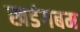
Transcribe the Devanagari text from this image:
खडंगबम